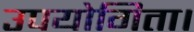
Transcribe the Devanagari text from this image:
उपयोगिता।